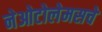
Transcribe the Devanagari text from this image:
नेओटोलेमसचे